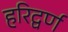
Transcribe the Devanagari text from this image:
हरिद्वर्ण